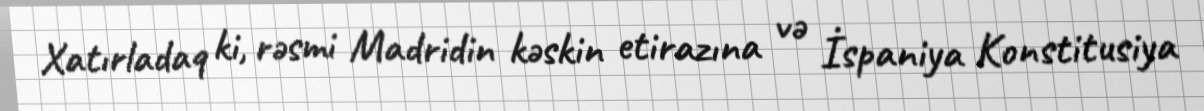
Xatırladaq ki, rəsmi Madridin kəskin etirazına və İspaniya Konstitusiya